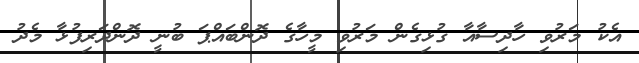
އެކު މަރުވި ހާދިސާއާ ގުޅިގެން މަރުވި މީހާގެ ދޮންބައްޕަ ބުނީ ދޮންދަރިފުޅާ މެދު